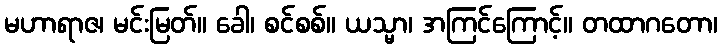
မဟာရာဇ၊ မင်းမြတ်။ ခေါ၊ စင်စစ်။ ယသ္မာ၊ အကြင်ကြောင့်။ တထာဂတော၊